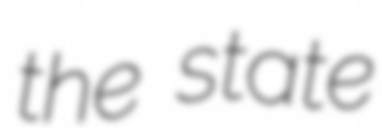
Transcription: the state